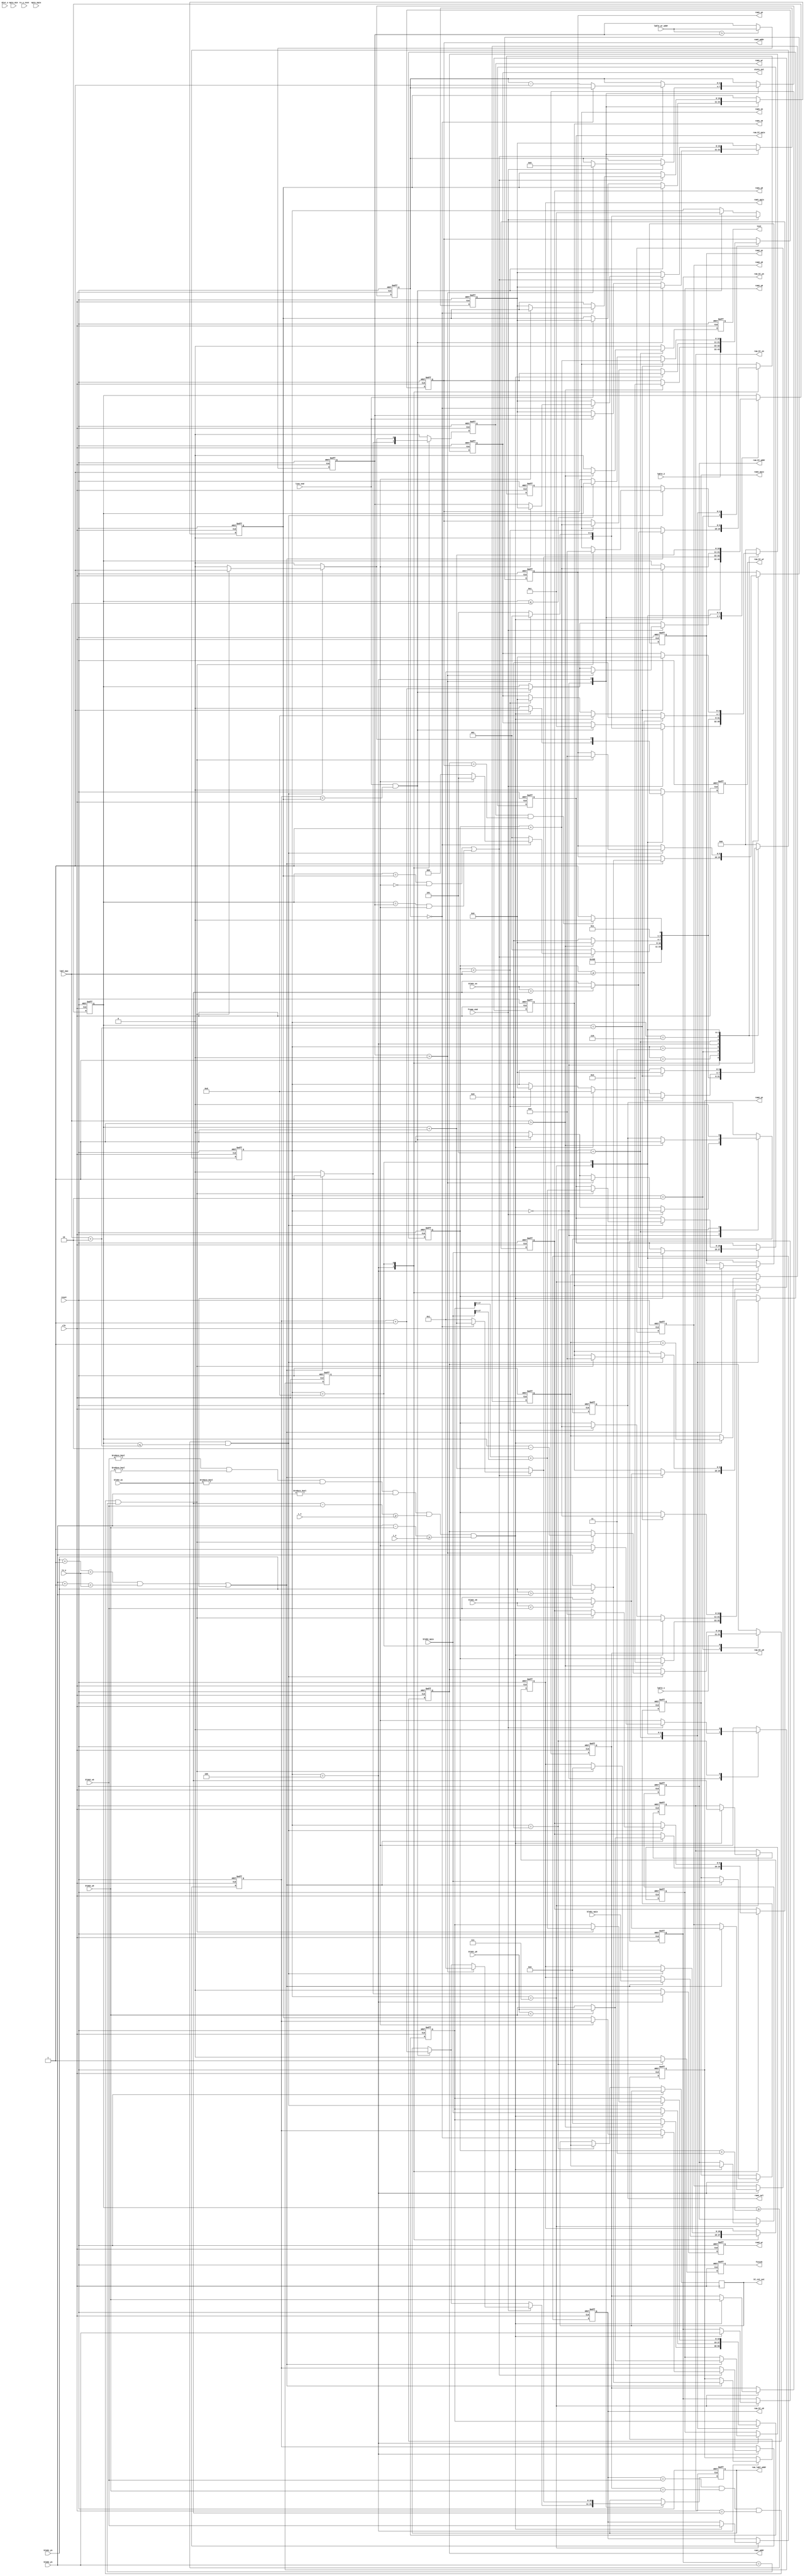
module LABLE_MERGE(
	input wire clk,
	input wire reset,	
	
	input wire line_end,
	input wire frame_end,
	
	input wire [18:0]blob1_npix,	
	input wire [9:0]blob1_x0,
	input wire [9:0]blob1_y0,
	input wire [9:0]blob1_xn,
	input wire [9:0]blob1_yn,
	
	input wire [18:0]blob2_npix,	
	input wire [9:0]blob2_x0,
	input wire [9:0]blob2_y0,
	input wire [9:0]blob2_xn,
	input wire [9:0]blob2_yn,
		
	input wire [10:0]lable_1,
	input wire [10:0]lable_2,
	input wire [10:0]lable_wr_addr,
	input wire [10:0]labl_max,
	
	input wire [18:0]	npix_min,
	input wire [9:0]tv_y,
	input wire [9:0]tv_y_test,
	input wire [18:0]npix_npix,
	input wire [8:0]dist_x,
	input wire [8:0]L_x,
	input wire [8:0]L_y,
	
	
	output reg [18:0]ram1_npix,
	output reg [9:0]ram1_x0,	
	output reg [9:0]ram1_y0,
	output reg [9:0]ram1_xn,
	output reg [9:0]ram1_yn,	
	output reg [10:0]ram1_addr,
	output reg ram1_wr,

	output reg [18:0]ram2_npix,
	output reg [9:0]ram2_x0,	
	output reg [9:0]ram2_y0,
	output reg [9:0]ram2_xn,
	output reg [9:0]ram2_yn,	
	output reg [10:0]ram2_addr,
	output reg ram2_wr,
	
	output reg [10:0]ram_labl_addr,
	output reg ram1_sel,
	
	output reg [18:0]ram_bl_npix,
	output reg [9:0]ram_bl_x0,	
	output reg [9:0]ram_bl_y0,
	output reg [9:0]ram_bl_xn,
	output reg [9:0]ram_bl_yn,	
	output reg [7:0]ram_bl_addr,
	output reg ram_bl_wr,
	output reg [7:0]bl_cnt_out,
	output reg 	finish,
	
	output reg [3:0]state_out,
	output reg test
	);

reg [3:0]state = 0;

reg [10:0]ram_addr_save = 0;
reg [10:0]labl_addr_max = 0;
reg [10:0]labl_addr_max_z1 = 0;
reg [10:0]labl_addr_max_z2 = 0;
reg [10:0]labl_addr_save = 0;
reg [10:0]cnt = 0;
reg flag_end = 0;
reg [3:0] merge_cnt = 0;
reg [7:0]bl_cnt;
reg [10:0] labl_cnt = 0;

wire [19:0] npix_sum;
assign npix_sum = blob1_npix + blob2_npix;

reg [18:0] npix_max;
reg [9:0] cross;


wire [9:0] blob1_yn_add;
assign blob1_yn_add = blob1_yn + 1;

wire [9:0] blob2_yn_add;
assign blob2_yn_add = blob2_yn + 1;

wire [9:0] blob1_x;
assign blob1_x = blob1_xn - blob1_x0;

wire [9:0] blob2_x;
assign blob2_x = blob2_xn - blob2_x0;

reg  [18:0]sum_npix;


always @(posedge clk or posedge reset)
	if(reset) 
	begin	
		ram1_npix <= 0;
		ram1_x0 <= 0;	
		ram1_y0 <= 0;
		ram1_xn <= 0;
		ram1_yn <= 0;	
		ram1_addr <= 0;
		ram1_wr <= 0;
		
		ram2_npix <= 0;
		ram2_x0 <= 0;	
		ram2_y0 <= 0;
		ram2_xn <= 0;
		ram2_yn <= 0;	
		ram2_addr <= 0;
		ram2_wr <= 0;	
		
		ram_labl_addr <= 0;
		ram1_sel <= 0;
		
		ram_bl_npix <= 0;
		ram_bl_x0 <= 0;	
		ram_bl_y0 <= 0;
		ram_bl_xn <= 0;
		ram_bl_yn <= 0;	
		ram_bl_addr <= 0;
		ram_bl_wr <= 0;
		
		labl_addr_max <= 0;
		labl_addr_max_z1 <= 0;
		labl_addr_max_z2 <= 0;
		labl_addr_save <= 0;
		ram_labl_addr <= 0;
		merge_cnt <= 0;
		flag_end <= 0;
		bl_cnt <= 0;
		labl_cnt <= 0;
		finish <= 0;
		
		state <= 0;
		state_out <= 0;
		cnt <= 0;
		sum_npix <= 0;
		test <= 0;
		
	end 
	else begin
		finish <= 0;
		test <= 0;
		ram1_wr <= 0;
		ram2_wr <= 0;
		ram_bl_wr <= 0;
		
		if (blob1_npix > blob2_npix)
			npix_max = blob1_npix;
		else
			npix_max = blob2_npix;
			
		//  
		if(lable_wr_addr > labl_addr_max)
			labl_addr_max <= lable_wr_addr;
			
		//   	
//		if(line_end)
//		begin
//			labl_addr_max_z <= labl_addr_max;					
//		end	
	
//	
//		//
//		//if((tv_y == tv_y_test)&&(line_end))
//		if(frame_end)
//		begin
//			test <= 1;
//		end	

		
		case(state)		
			0: //
			begin	
				ram1_sel <= 0;			
				
				//   
				if((line_end == 1)&&
					(labl_addr_save < labl_addr_max_z2)) 
				begin
					//   
					ram1_sel <= 1;
					ram_labl_addr <= labl_addr_save + 1;
					cnt <= labl_addr_save + 1;
					state <= 1;
					state_out <= 1;
				end
				else 
				if(line_end == 1)
				begin
					labl_addr_max_z2 <= labl_addr_max_z1;
					labl_addr_max_z1 <= labl_addr_max;
					
					//labl_addr_save <= labl_addr_max_z2; // 
				end	
				
						
				
				//   
				if(frame_end == 1)
				begin
					//  
					if(labl_addr_max > 0)
					begin
						//    
						flag_end <= 1;
						merge_cnt <= 5;//   
						ram1_sel <= 1;
						ram_labl_addr <= 1;
						cnt <= 1;					
						state <= 1;
						state_out <= 1;
					end
					else begin
						//  . 	
						state <= 5;
						state_out <= 5;
					end				
				end
				
			end //state_0		
			
			1:// 
			begin					
				//  . 	

				state <= 2;
				state_out <= 2;			
			end //state_1
			
			2://  
			begin	
			

				ram1_addr <= lable_1;
				ram2_addr <= lable_2;
				//  . 	
				state <= 3;
				state_out <= 3;			
			end //state_2	
			
			3://  
			begin				
				//  . 	
				state <= 4;
				state_out <= 4;			
			end //state_3
			
			4://  
			begin	
						
				if(((blob1_yn_add < tv_y)&&(blob2_yn_add < tv_y))||(flag_end == 1))
				//if(flag_end == 1)
				begin
					
	
					
					ram1_npix <= blob1_npix;
					ram2_npix <= blob2_npix;					
					
					
//					//test
//					if(npix_npix < npix_sum) 
//						test <= 1;			
					
									
					if(blob1_x0 < blob2_x0)
					begin					
						ram1_x0 <= blob1_x0;
						ram2_x0 <= blob1_x0;
					end
					else begin
						ram1_x0 <= blob2_x0;
						ram2_x0 <= blob2_x0;
					end

					if(blob1_xn > blob2_xn)
					begin
						ram1_xn <= blob1_xn;
						ram2_xn <= blob1_xn;
					end
					else begin
						ram1_xn <= blob2_xn;
						ram2_xn <= blob2_xn;
					end	
					
					if(blob1_y0 < blob2_y0)
					begin
						ram1_y0 <= blob1_y0;
						ram2_y0 <= blob1_y0;
					end
					else begin
						ram1_y0 <= blob2_y0;
						ram2_y0 <= blob2_y0;
					end	
					
					if(blob1_yn > blob2_yn)
					begin
						ram1_yn <= blob1_yn;
						ram2_yn <= blob1_yn;
					end
					else begin
						ram1_yn <= blob2_yn;
						ram2_yn <= blob2_yn;
					end				
					ram1_wr <= 1;
					ram2_wr <= 1;
					
				end
				
				// 
				ram_labl_addr <= cnt + 1;
				cnt <= cnt + 1;
				
				//
				if((cnt == labl_addr_max_z2)&&(flag_end == 0)||
					(cnt == labl_addr_max)&&(flag_end == 1))
				begin
					if(merge_cnt == 0)
					begin
						if(flag_end == 0)
						begin
							//  . 	
							state <= 0;
							state_out <= 0;
							//   
							labl_addr_save <= labl_addr_max_z2;
							labl_addr_max_z2 <= labl_addr_max_z1;
							labl_addr_max_z1 <= labl_addr_max;
						end
						else begin
							//   . 
							state <= 5;
							state_out <= 5;					
						end						
					end
					else begin					
						//  . 
						merge_cnt = merge_cnt - 1;
						ram_labl_addr <= 1;
						cnt <= 1;
						state <= 1;
						state_out <= 1;
					end
				end
				else begin		
					//  . 	
					state <= 1;
					state_out <= 1;					
				end
				
			end //state_4

			5://
			begin	
				//  ,    
				if(labl_max > 1)
				begin
					ram1_sel <= 1;
					ram2_addr <= 2;
					labl_cnt <= 2;	
					sum_npix	<= 0;
					state <= 6;
					state_out <= 6;	
					test <= 1;
				end
				else begin
					state <= 9;
					state_out <= 9;				
				end
			end //state_5
			
			6://   + .   . 
			begin	
			
				if((ram1_wr == 1)&&(ram1_addr == ram2_addr))
				begin
					state <= 6;
					state_out <= 6;				
				end
				else begin
					state <= 7;
					state_out <= 7;
				end
				
			end //state_6
			
			
			7://  
			begin				
				if((blob2_x0 != 0)&&
					(blob2_y0 != 0)&&
					(blob2_xn != 0)&&
					(blob2_yn != 0)&&
					((blob2_xn - blob2_x0) >= L_x)&&
					((blob2_yn - blob2_y0) >= L_y))					
				begin
					// 
					//ram_bl_npix <= blob2_npix;   , 					
					sum_npix <= blob2_npix;
					ram_bl_npix <= blob2_npix;
					
					ram_bl_x0 <= blob2_x0;	
					ram_bl_y0 <= blob2_y0;
					ram_bl_xn <= blob2_xn;
					ram_bl_yn <= blob2_yn;
					// box
					ram_bl_addr <= bl_cnt;
					bl_cnt <= bl_cnt + 1;
					ram_bl_wr <= 1;
					
					cnt <= labl_cnt + 1;
					//  
					state <= 8;
					state_out <= 8;
				end
				else if(labl_cnt < labl_max)
				begin
					//  
					ram2_addr <= labl_cnt + 1;
					labl_cnt <= labl_cnt + 1;					
					state <= 6;
					state_out <= 6;
				end		
				
				// 
				if(labl_cnt >= labl_max)
				begin
					//
					state <= 9;
					state_out <= 9;				
				end
			end //state_7		
			
			8://  
			begin				
				cnt <= cnt + 1;				
				// 
				if((cnt >= (labl_cnt + 3))&&
					(cnt <= (labl_max + 2)))
				begin
				
					if((ram_bl_x0 == blob2_x0)&&	
						(ram_bl_y0 == blob2_y0)&&
						(ram_bl_xn == blob2_xn)&&
						(ram_bl_yn == blob2_yn))
					begin
						//  
						sum_npix[18:0] <= sum_npix[17:0] + blob2_npix[17:0]; // 
						ram_bl_npix <= sum_npix[17:0] + blob2_npix[17:0];
						ram_bl_wr <= 1;
						
						ram1_x0 <= 0;
						ram1_y0 <= 0;
						ram1_xn <= 0;
						ram1_yn <= 0;
						ram1_npix <= 0;
						
						ram1_addr <= (cnt - 2);
						ram1_wr <= 1;
					end					
				end
				
				// 
				if(cnt <= labl_max)
					ram2_addr <= cnt;				
				
				//  . 
				if(cnt == (labl_max + 2))
				begin
					ram2_addr <= labl_cnt + 1;
					labl_cnt <= labl_cnt + 1;	
					state <= 6;
					state_out <= 6;				
				end
			end //state_8				

			9://   . 
			begin	
				flag_end <= 0;
				ram1_sel <= 0;
				bl_cnt_out <= bl_cnt;
				finish <= 1;
				
				state <= 0;
				state_out <= 0;	
			end //state_9	
			
			default:
			begin			
				state <= 0;
				state_out <= 0;				
			end //default	
			
		endcase //case(state)	
		
		
	end //else reset
endmodule